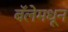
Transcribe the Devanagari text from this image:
बॅलेमधून